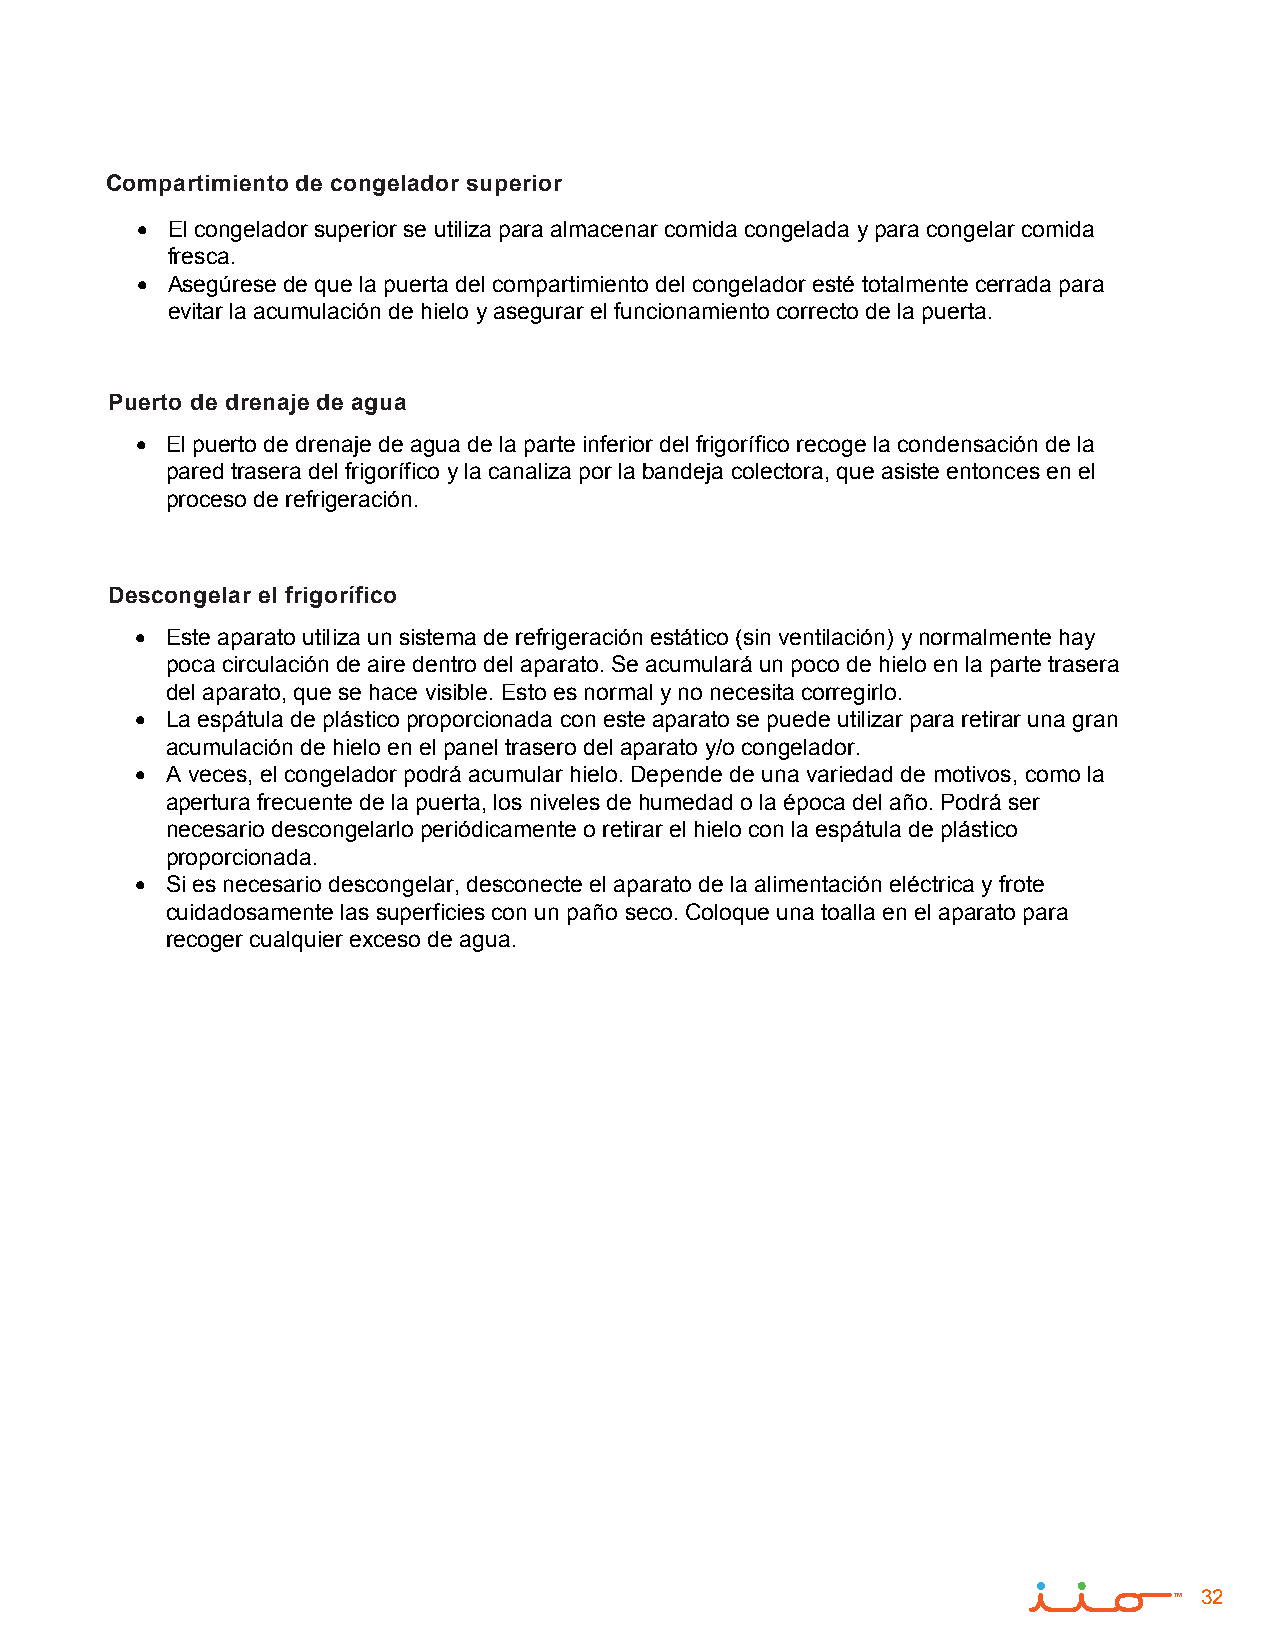
Compartimiento de congelador superior
 • El congelador superior se utiliza para almacenar comida congelada y para congelar comida
 fresca.
 • Asegúrese de que la puerta del compartimiento del congelador esté totalmente cerrada para
 evitar la acumulación de hielo y asegurar el funcionamiento correcto de la puerta.
 Puerto de drenaje de agua
 • El puerto de drenaje de agua de la parte inferior del frigorífico recoge la condensación de la
 pared trasera del frigorífico y la canaliza por la bandeja colectora, que asiste entonces en el
 proceso de refrigeración.
 Descongelar el frigorífico
 • Este aparato utiliza un sistema de refrigeración estático (sin ventilación) y normalmente hay
 poca circulación de aire dentro del aparato. Se acumulará un poco de hielo en la parte trasera
 del aparato, que se hace visible. Esto es normal y no necesita corregirlo.
 • La espátula de plástico proporcionada con este aparato se puede utilizar para retirar una gran
 acumulación de hielo en el panel trasero del aparato y/o congelador.
 • A veces, el congelador podrá acumular hielo. Depende de una variedad de motivos, como la
 apertura frecuente de la puerta, los niveles de humedad o la época del año. Podrá ser
 necesario descongelarlo periódicamente o retirar el hielo con la espátula de plástico
 proporcionada.
 • Si es necesario descongelar, desconecte el aparato de la alimentación eléctrica y frote
 cuidadosamente las superficies con un paño seco. Coloque una toalla en el aparato para
 recoger cualquier exceso de agua.
 32